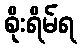
စိုးရိမ်ရ